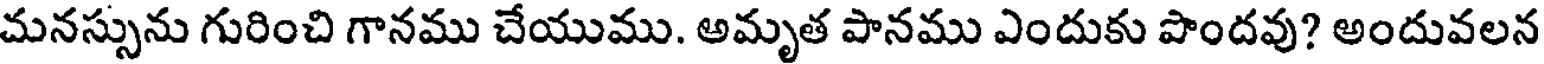
మనస్సును గురించి గానము చేయుము. అమృత పానము ఎందుకు పొందవు? అందువలన